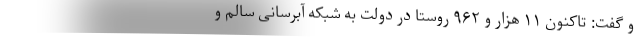
و گفت: تاکنون ۱۱ هزار و ۹۶۲ روستا در دولت به شبکه آبرسانی سالم و